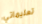
تعليماتي